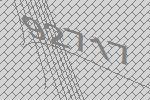
92717